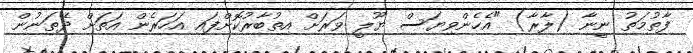
ފާތުމަތު ނީނާ (ލާރާ) "އެހެންވިޔަސް ޔޫލީ ވަރަށް އިތުބާރުކޮށްފައި އަހަރެން އަތަށް ދޭތަނުން